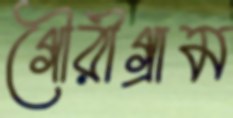
গৌরীগ্রাম